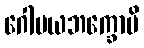
ဂေါမယဘက္ခောပိ